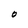
Character: O